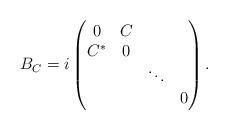
LaTeX: \begin{align*}B_C=i\begin{pmatrix}0 & C & & \\C^* & 0 & & \\ & & \ddots & \\ & & & 0 \\\end{pmatrix}.\end{align*}